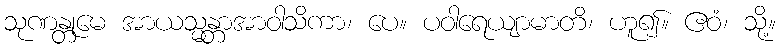
သုဏန္တုမေ အာယသ္မန္တာအာဝါသိကာ၊ ပေ။ ပဝါရေယျာမာတိ၊ ဟူ၍။ ဧဝံ၊ သို့။